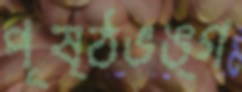
পৃষ্ঠভঙ্গ